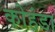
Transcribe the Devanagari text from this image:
कोहंडा